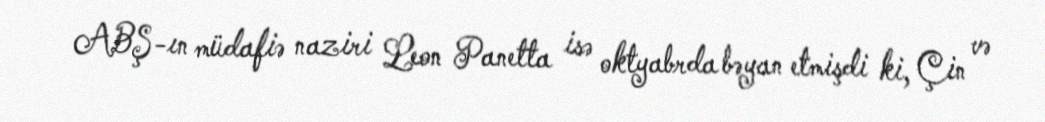
ABŞ-ın müdafiə naziri Leon Panetta isə oktyabrda bəyan etmişdi ki, Çin və